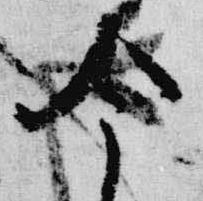
今